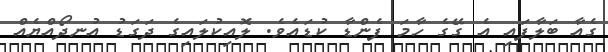
ގެއާ ބަލާފައި އެ ގޭގެ ހާމަ ފެންޑާ ކުޑައެވެ. ލޮއިކުލައިގެ ދަގަޑު އުނދޯއްޔެއް